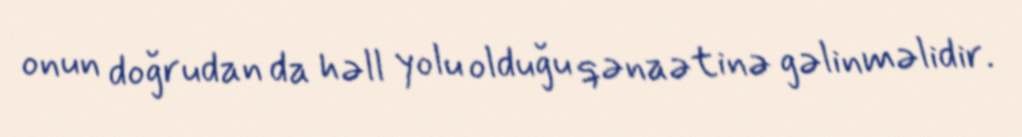
onun doğrudan da həll yolu olduğu qənaətinə gəlinməlidir.